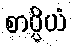
စာပ္ပိယံ